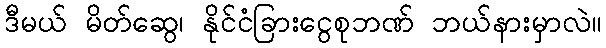
ဒီမယ် မိတ်ဆွေ၊ နိုင်ငံခြားငွေစုဘဏ် ဘယ်နားမှာလဲ။